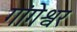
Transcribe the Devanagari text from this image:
गांगेश्वर